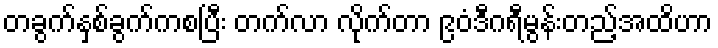
တခွက်နှစ်ခွက်ကစပြီး တက်လာ လိုက်တာ ၉၀ံဒီဂရီမွန်းတည့်အထိဟာ